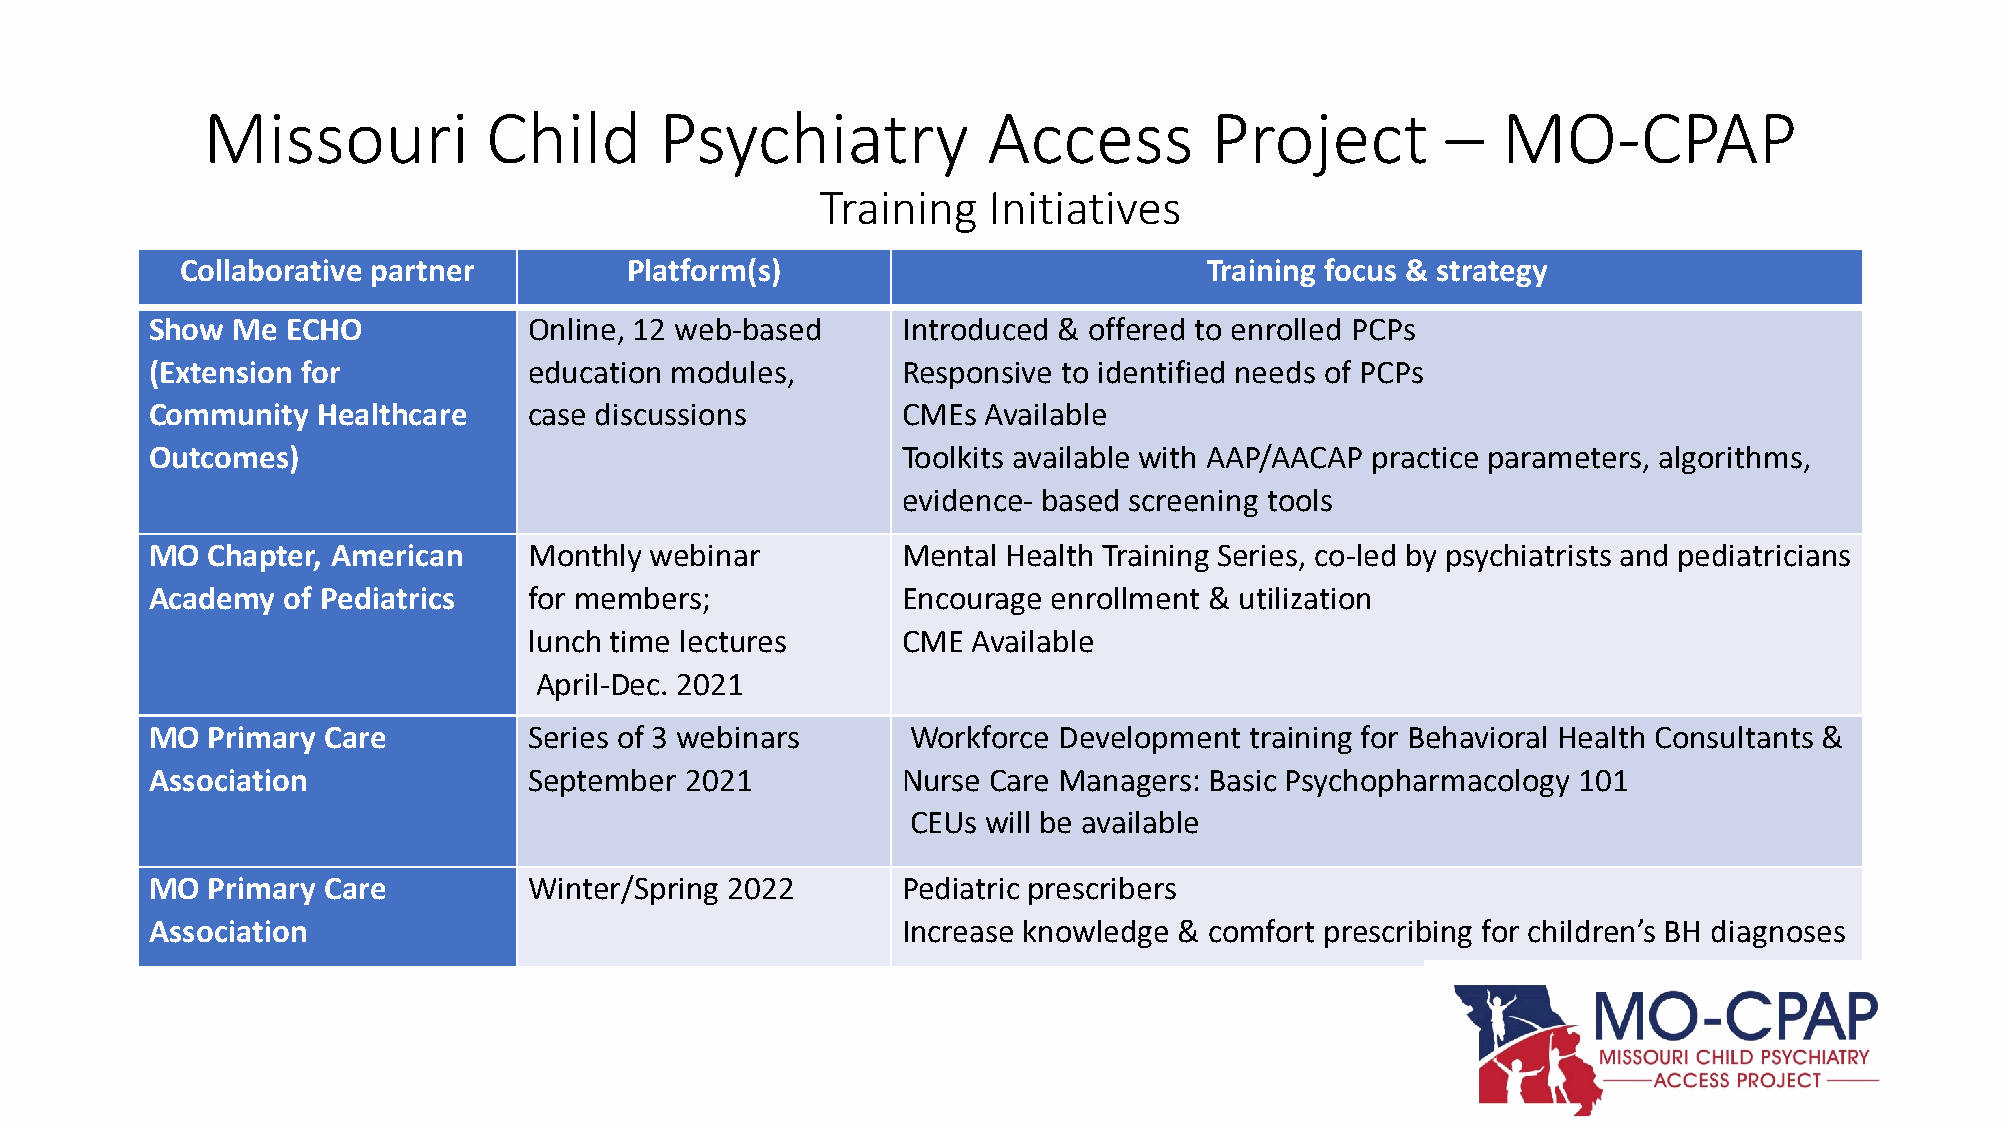
Missouri           Child       Psychiatry           Access         Project         –  MO-CPAP
 Training   Initiatives
 Collaborative partner        Platform(s)                            Training focus & strategy
 Show Me  ECHO            Online, 12 web-based     Introduced & offered to enrolled PCPs
 (Extension for           education modules,       Responsive to identified needs of PCPs
 Community  Healthcare    case discussions         CMEs Available
 Outcomes)                                         Toolkits available with AAP/AACAP practice parameters, algorithms,
 evidence- based screening tools
 MO  Chapter, American    Monthly webinar          Mental Health Training Series, co-led by psychiatrists and pediatricians
 Academy  of Pediatrics   for members;             Encourage enrollment & utilization
 lunch time lectures      CME Available
 April-Dec. 2021
 MO  Primary Care         Series of 3 webinars     Workforce Development  training for Behavioral Health Consultants &
 Association              September 2021           Nurse Care Managers: Basic Psychopharmacology 101
 CEUs will be available
 MO  Primary Care         Winter/Spring 2022       Pediatric prescribers
 Association                                       Increase knowledge & comfort prescribing for children’s BH diagnoses